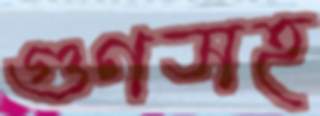
গুণসহ